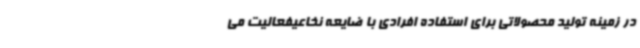
در زمینه تولید محصولاتی برای استفاده افرادی با ضایعه نخاعیفعالیت می